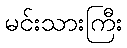
မင်းသားကြီး